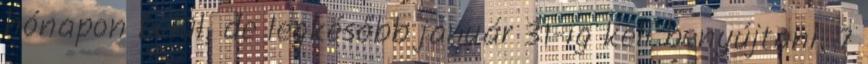
hónapon belül, de legkésőbb január 31-ig kell benyújtani. 7